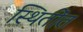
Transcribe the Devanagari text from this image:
स्थितींत